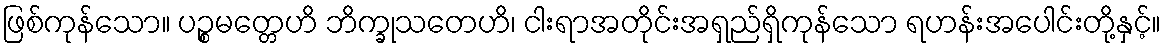
ဖြစ်ကုန်သော။ ပဉ္စမတ္တေဟိ ဘိက္ခုသတေဟိ၊ ငါးရာအတိုင်းအရှည်ရှိကုန်သော ရဟန်းအပေါင်းတို့နှင့်။